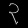
Digit: ၃